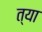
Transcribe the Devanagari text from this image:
त्या